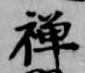
禅